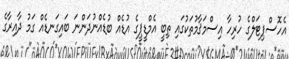
އެހޮސްޕިޓަލްގެ ހުރިހާ އިސްމަޤާމުތަކުގައި ތިބީ އެމްޑީޕީގެ އުޑެއް ބުޑެއްނުދަންނަ ބައިގަނޑެއް ގަމު ދާއިރާގެ